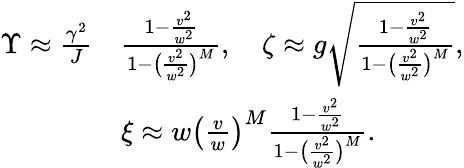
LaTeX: \begin{array}{rl}{\Upsilon\approx\frac{\gamma^{2}}{J}}&{\frac{1-\frac{v^{2}}{w^{2}}}{1-\big(\frac{v^{2}}{w^{2}}\big)^{M}},\quad\zeta\approx g\sqrt{\frac{1-\frac{v^{2}}{w^{2}}}{1-\big(\frac{v^{2}}{w^{2}}\big)^{M}}},}\\ &{\xi\approx w\big(\frac{v}{w}\big)^{M}\frac{1-\frac{v^{2}}{w^{2}}}{1-\big(\frac{v^{2}}{w^{2}}\big)^{M}}.}\end{array}